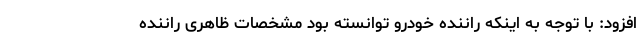
افزود: با توجه به اینکه راننده خودرو توانسته بود مشخصات ظاهری راننده